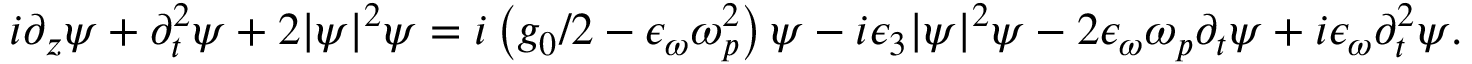
\begin{array} { r } { i \partial _ { z } \psi + \partial _ { t } ^ { 2 } \psi + 2 | \psi | ^ { 2 } \psi = i \left( g _ { 0 } / 2 - \epsilon _ { \omega } \omega _ { p } ^ { 2 } \right) \psi - i \epsilon _ { 3 } | \psi | ^ { 2 } \psi - 2 \epsilon _ { \omega } \omega _ { p } \partial _ { t } \psi + i \epsilon _ { \omega } \partial _ { t } ^ { 2 } \psi . } \end{array}